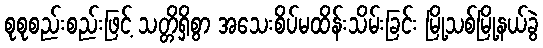
စုစုစည်းစည်းဖြင့် သတ္တိရှိစွာ အသေးစိပ်မထိန်းသိမ်းခြင်း မြို့သစ်မြို့နယ်ခွဲ